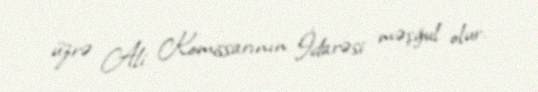
üzrə Ali Komissarının İdarəsi məşğul olur.